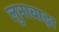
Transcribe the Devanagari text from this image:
लुनावाड़ा